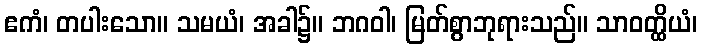
ဧကံ၊ တပါးသော။ သမယံ၊ အခါ၌။ ဘဂဝါ၊ မြတ်စွာဘုရားသည်။ သာဝတ္ထိယံ၊